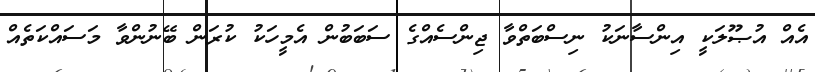
އެއް އުޞޫލަކީ އިންސާނަކު ނިސްބަތްވާ ޖިންސެއްގެ ސަބަބުން އެމީހަކު ކުރަން ބޭނުންވާ މަސައްކަތެއް